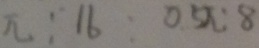
\pi : 1 6 : 0 . 5 \pi : 8